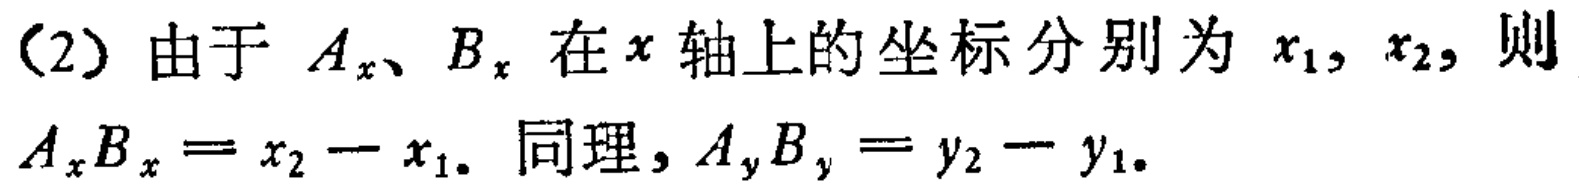
(2) 由于 \(A_x、B_x\) 在 \(x\) 轴上的坐标分别为 \(x_1, x_2\)，则 \(A_xB_x = x_2 - x_1\). 同理, \(A_yB_y = y_2 - y_1\).